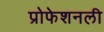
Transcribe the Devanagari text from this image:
प्रोफेशनली